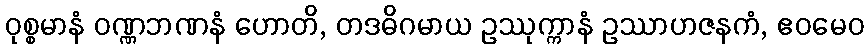
ဝုစ္စမာနံ ဝဏ္ဏဘဏနံ ဟောတိ, တဒဓိဂမာယ ဥဿုက္ကာနံ ဥဿာဟဇနကံ, ဧဝမေဝ